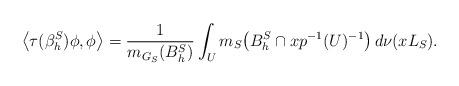
LaTeX: \begin{align*}\left<\tau(\beta^S_h)\phi,\phi\right>=\frac{1}{m_{G_S}(B^S_h)}\int_{U} m_S\big(B^S_h\cap xp^{-1}(U)^{-1}\big) \, d\nu(xL_S).\end{align*}